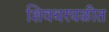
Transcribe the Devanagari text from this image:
शिवथरघळीत